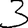
Digit: 3